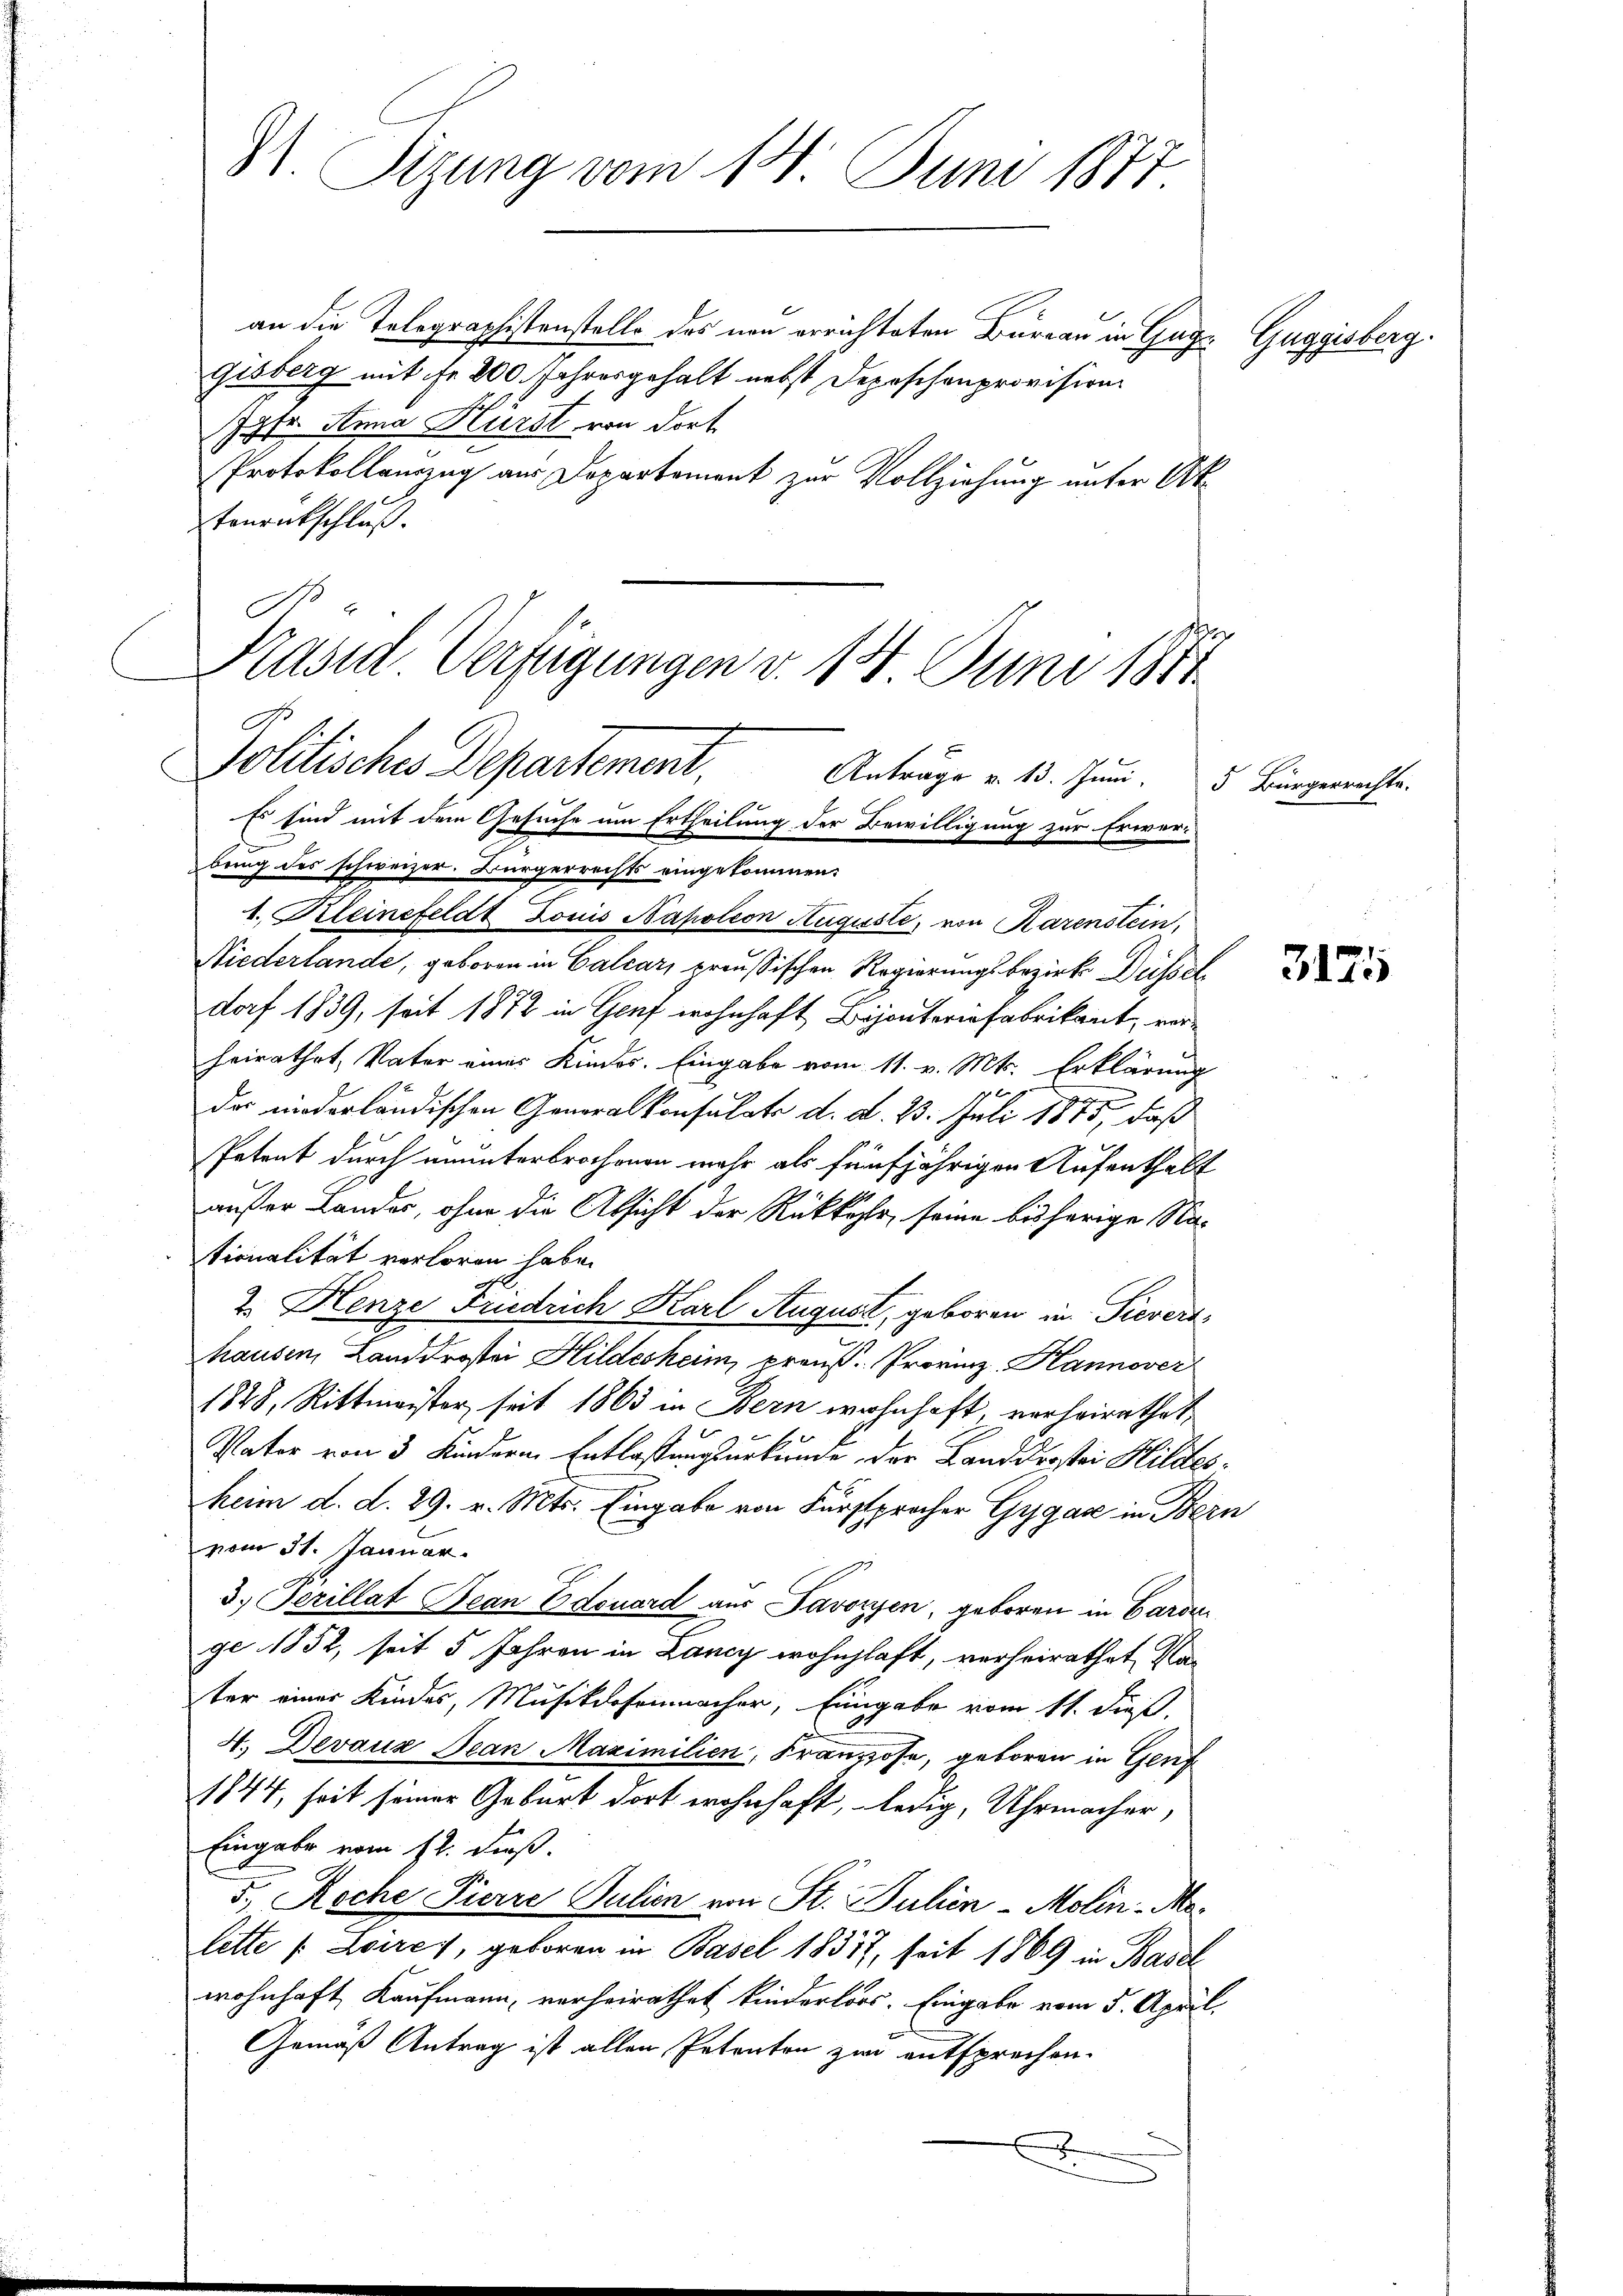
81. Sizung vom 14. Juni 1877.

an die Telegraphistenstelle des neu errichteten Bureau in Gage Guggisberg.
Gisberg mit Fr. 200 Jahresgehalt nebst Depeschenprovision
Jgfr. Anna Hürst von dort.
Protokollanzug aus Dopartement zur Vollziehung unter Attanentschluß.
Kasid Verfügungen d. 14. Juni 1811.

C
Politisches Departement,
Anträge v. 13. Juni.
Es sind mit dem Gesuche um Ertheilung der Bewilligung zur Erwerbring des schweizer. Bürgerrechts eingekommen:

1. Kleinefeldt Louis Napoleon Auguste, von Karenstein,
Niederlande, geboren in Calcar, preußischen Regierungsbezirk Düssel
dorf 1839, seit 1872 in Graf wohnhaft Bijoutoria fabrikant, vorheirathet, Vater eines Kindes. Eingabe vom 11. v. Mts. Erklärung
das niederländischen Generalkonsulats d. d. 23. Juli 1875, daß
Petent durch ununterbrochenen mehr als fünfjährigen Aufenthalt
außer Landes, ohne die Absicht der Rükkehr, seine bisherige Nationalität verloren habe.
2. Henze Friedrich Karl August, geboren in Sievert
hausen Landdrostei Hildesheim, preuß. Provinz, Hannover
1848, Rittmeister, seit 1863 in Bern wohnhaft verheirathet,
Vater von 3 Kindern Entlassungsurkunde, der Landdrostei Hildesheim d. d. 29. v. Mts. Eingabe von Fürsprocher Gygar in Bern
vom 31. Januar.
3.) Perillat Bean Edouard aus Javozzen, geboren in Baron
ge 1852, seit 5 Jahren in Lancy wohnhaft, verheirathet, Nater einer Kindes, Musikdosenmacher, Eingabe vom 11. dieß,
4. Devaux Jean Maximilien, Franzose, geboren in Genz
1844, seit seiner Geburt dort wohnhaft, ledig, Uhrmacher,
Eingabe vom 12. Fuß.
5, Roche Pierre Julion von St. Julien-Molin-Molitte (: Loires, geboren in Basel 18357, seit 1869 in Basel
wohnhaft, Kaufmann, verheirathet kinderlors. Eingabe vom 5. April,
Gemäß Antrag ist allen Petenten zur entsprechen.
2
s

5 Bürgerrechte.

3125